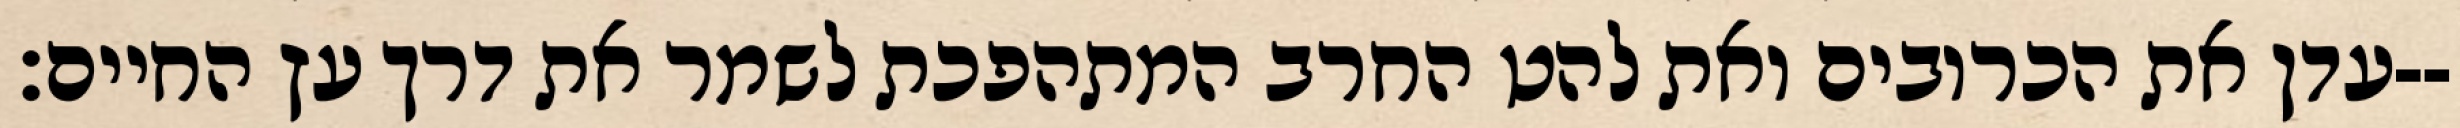
עדן את הכרובים ואת להט החרב המתהפכת לשמר את דרך עץ החיים׃--